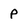
Character: P